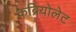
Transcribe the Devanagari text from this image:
कब्रियोलेट